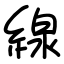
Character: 線